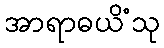
အာရာဓယိံသု